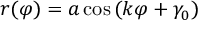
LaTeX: r ( \varphi ) = a \cos \left( k \varphi + \gamma _ { 0 } \right)